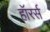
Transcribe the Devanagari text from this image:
हॉरर्स